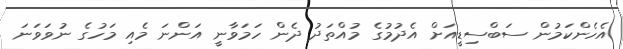
އެހެންކަމުން ސަބްސިޑީއަށް އެދުމުގެ މުއްތަދު ދެން ހަމަވާނީ އަންނަ މެއި މަހުގެ ނުވަވަނަ